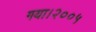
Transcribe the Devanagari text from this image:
गया।२००५